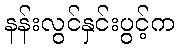
နန်းလွင်နှင်းပွင့်က